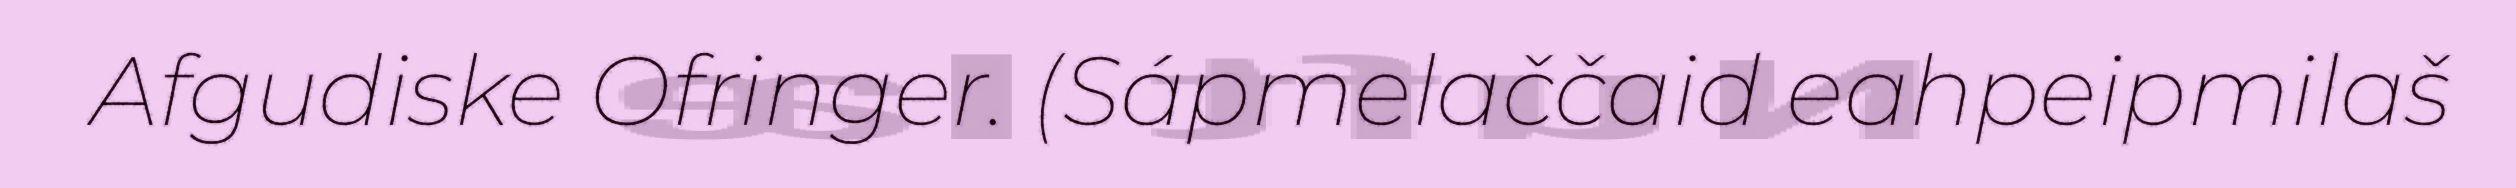
Afgudiske Ofringer. (Sápmelaččaid eahpeipmilaš